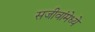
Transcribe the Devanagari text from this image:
सजीवांमेध्ये